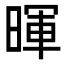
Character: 暉